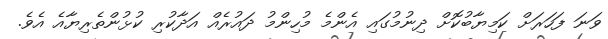
ވަނަ ފަހަރަށް ކަމިޔާބުކޮށް ދިނުމުގައި އެންމެ މުހިންމު ދައުރެއް އަދާކުރި ކުޅުންތެރިޔާއެ އެވެ.